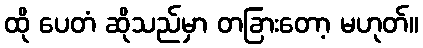
ထို ပေတံ ဆိုသည်မှာ တခြားတော့ မဟုတ်။